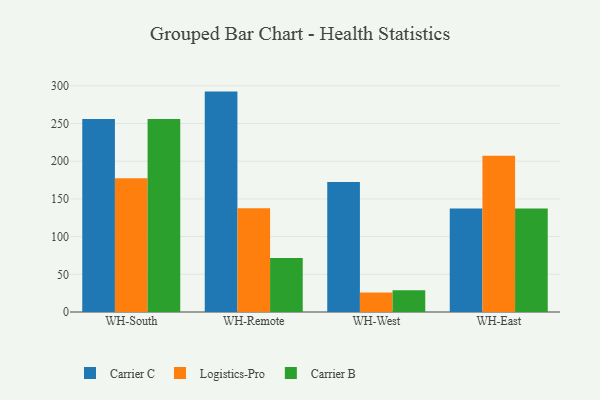
{"axis": {"x": "Warehouse", "y": "LTV (USD)"}, "legend": ["Carrier B", "Carrier C", "Logistics-Pro"], "data": [{"x": "WH-South", "y": 256.1, "type": "Carrier C"}, {"x": "WH-South", "y": 177.5, "type": "Logistics-Pro"}, {"x": "WH-South", "y": 255.8, "type": "Carrier B"}, {"x": "WH-Remote", "y": 292.3, "type": "Carrier C"}, {"x": "WH-Remote", "y": 137.5, "type": "Logistics-Pro"}, {"x": "WH-Remote", "y": 71.5, "type": "Carrier B"}, {"x": "WH-West", "y": 172.4, "type": "Carrier C"}, {"x": "WH-West", "y": 25.9, "type": "Logistics-Pro"}, {"x": "WH-West", "y": 28.8, "type": "Carrier B"}, {"x": "WH-East", "y": 137.2, "type": "Carrier C"}, {"x": "WH-East", "y": 207.1, "type": "Logistics-Pro"}, {"x": "WH-East", "y": 137.2, "type": "Carrier B"}]}